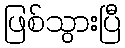
ဖြစ်သွားပြီ